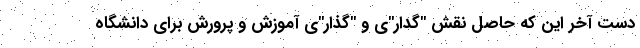
دست آخر این که حاصل نقش "گدار"‌ی و "گذار"ی آموزش و پرورش برای دانشگاه